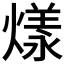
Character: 𤎔